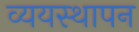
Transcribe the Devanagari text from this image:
व्ययस्थापन